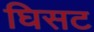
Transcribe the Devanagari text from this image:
घिसट